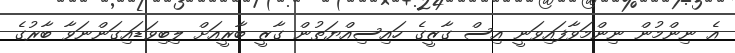
އެ ނިންމުން ނިންމަވާފައިވަނީ އިސް ގާޒީގެ ހައިސިއްޔަތުން ގާޒީ ބާރީއަށް ލިބިވަޑައިގަންނަވާ ބާރުގެ